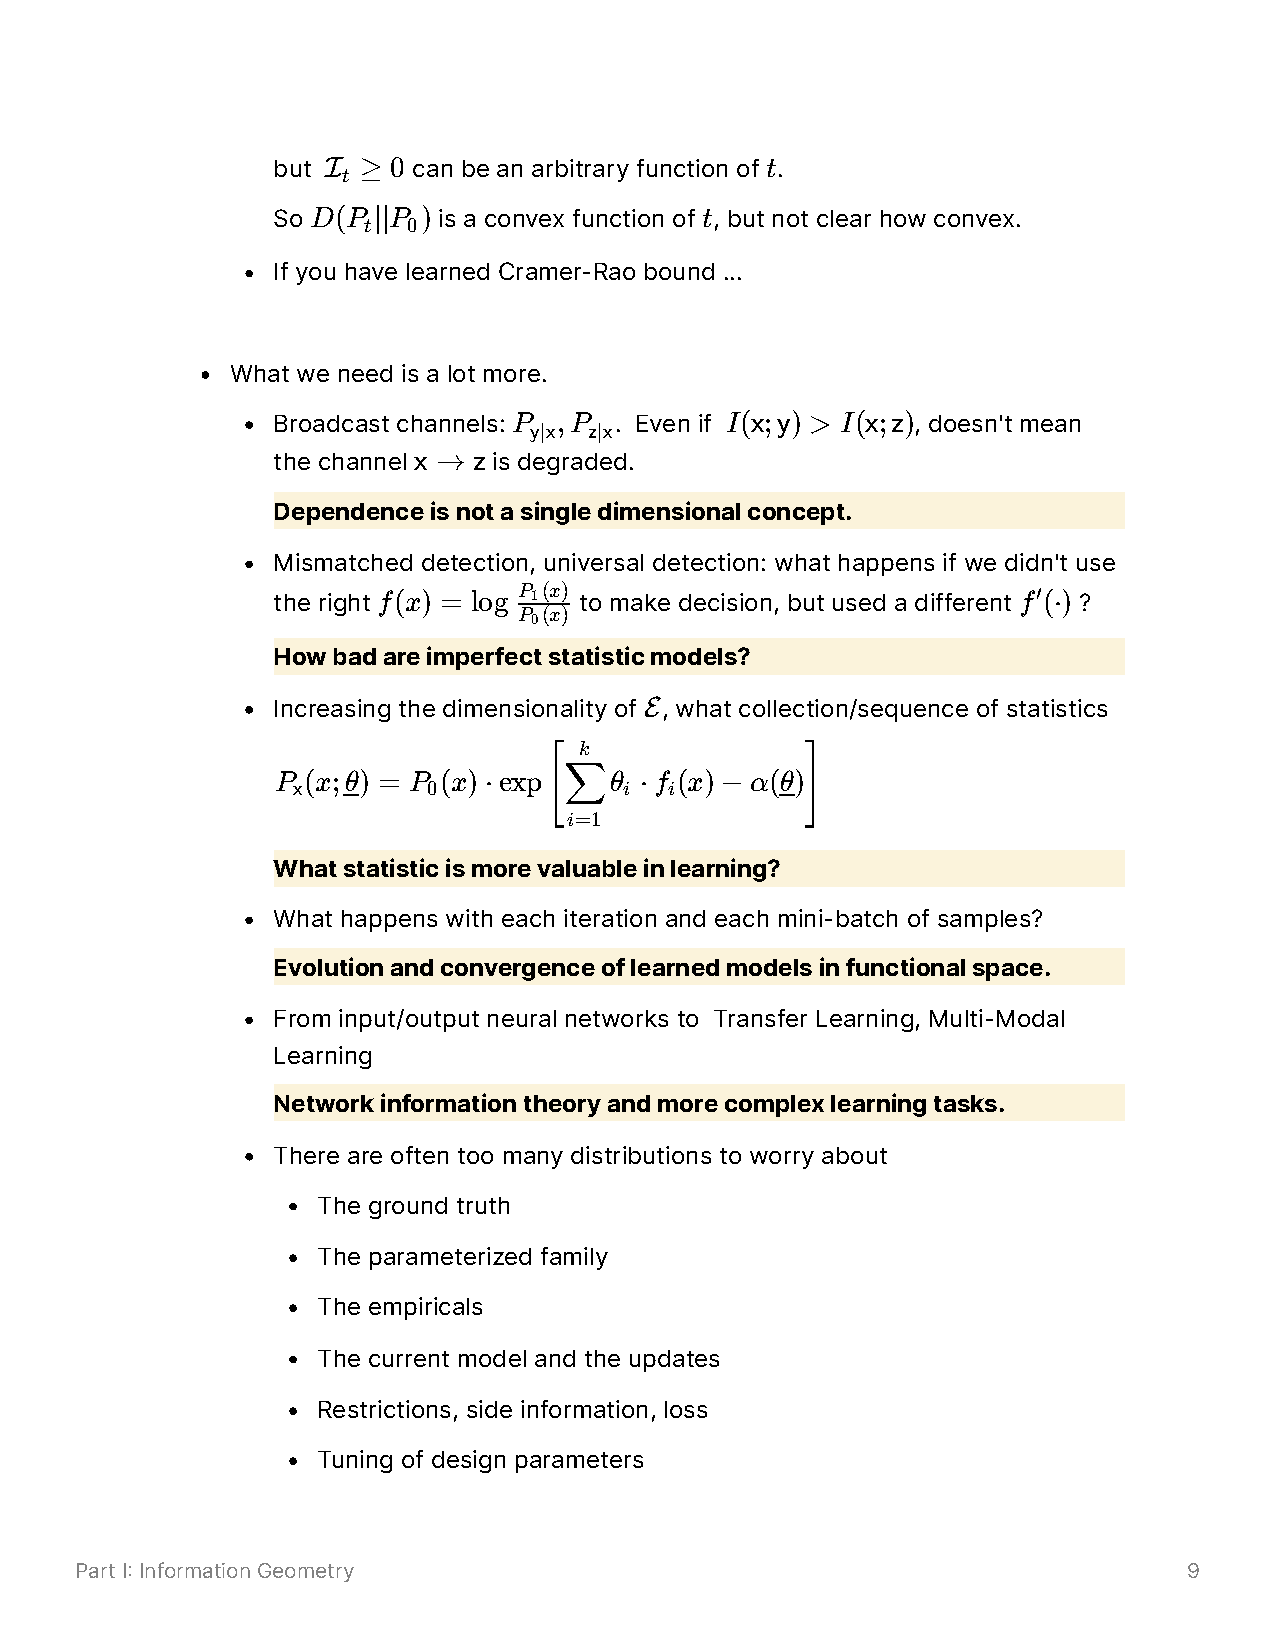
but I ≥ 0 can be an arbitrary function of t.
 t
 So D(P ∣∣P ) is a convex function of t, but not clear how convex.
 t  0
 If you have learned Cramer-Rao bound ...
 What we need is a lot more.
 Broadcast channels: P ,P . Even if I(x;y) > I(x;z), doesn't mean
 y∣x z∣x
 the channel x → z is degraded.
 Dependence is not a single dimensional concept.
 Mismatched detection, universal detection: what happens if we didn't use
 the right f(x) = log P 1(x) to make decision, but used a different f′(⋅) ?
 P (x)
 0
 How bad are imperfect statistic models?
 E
 Increasing the dimensionality of , what collection/sequence of statistics
 k
 P (x;θ) = P (x)⋅exp   θ ⋅f (x)− α(θ)
 x        0            i  i
 ∑
 [                ]
 i=1
 What statistic is more valuable in learning?
 What happens with each iteration and each mini-batch of samples?
 Evolution and convergence of learned models in functional space.
 From input/output neural networks to Transfer Learning, Multi-Modal
 Learning
 Network information theory and more complex learning tasks.
 There are often too many distributions to worry about
 The ground truth
 The parameterized family
 The empiricals
 The current model and the updates
 Restrictions, side information, loss
 Tuning of design parameters
 Part I Information Geometry                                              9